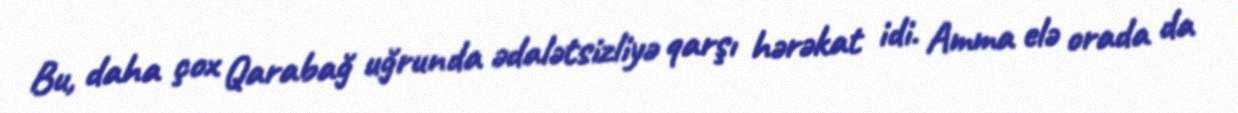
Bu, daha çox Qarabağ uğrunda ədalətsizliyə qarşı hərəkat idi. Amma elə orada da